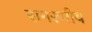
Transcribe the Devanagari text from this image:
समरणीय